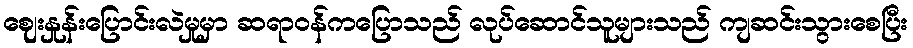
ဈေးနှုန်းပြောင်းလဲမှုမှာ ဆရာဝန်ကပြောသည် လုပ်ဆောင်သူများသည် ကျဆင်းသွားစေပြီး